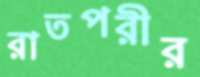
রাতপরীর